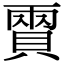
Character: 𧶪